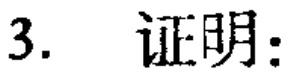
3. 证明：